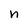
Character: n